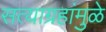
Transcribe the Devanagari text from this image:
सत्याग्रहांमुळे